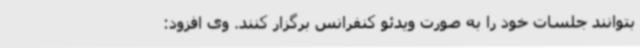
بتوانند جلسات خود را به صورت ویدئو کنفرانس برگزار کنند. وی افزود: